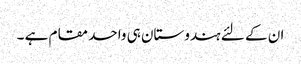
ان کے لئے ہندوستان ہی واحد مقام ہے ۔